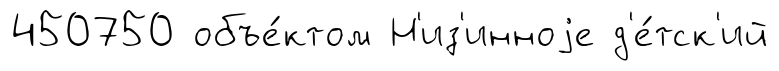
450750 объе́ктом Н'из'инноjе д'е́тск'ий